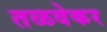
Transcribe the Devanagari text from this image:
तळवेकर